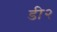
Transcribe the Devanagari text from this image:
डी२